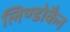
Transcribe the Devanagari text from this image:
लिण्डोकैन